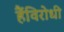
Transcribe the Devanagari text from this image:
हैंविरोधी